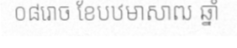
០៨រោច ខែបឋមាសាឍ ឆ្នាំ